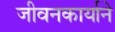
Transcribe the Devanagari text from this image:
जीवनकार्याने